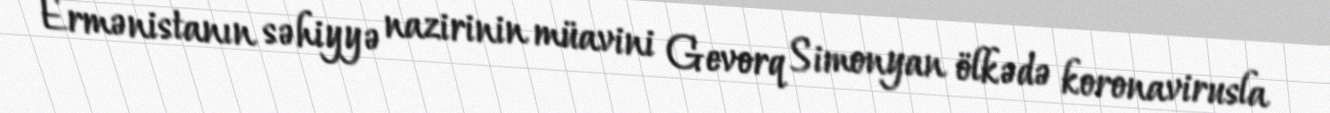
Ermənistanın səhiyyə nazirinin müavini Gevorq Simonyan ölkədə koronavirusla